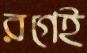
রগেই